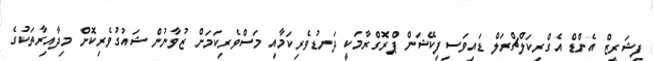
ފިޝަރީޒް އެންޑް އެގްރިކަލްޗްރަލް ޑައިވަސިފިކޭޝަން ޕްރޮގްރާމަކީ ދަނޑުވެރިކަމާއި މަސްވެރިކަމަށް ޒުވާނުން ޝައުގުވެރިކޮށް މިދާއިރާތަކުގެ